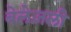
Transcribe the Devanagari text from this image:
बेलेज़ली